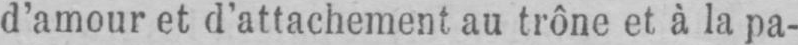
d’amour et d’attachement au trône et à la pa-